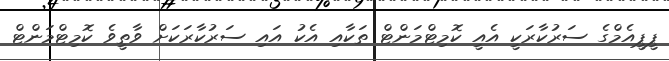
ޕީޕީއެމްގެ ސަރުކާރަކީ އެއީ ކޮމިޓްމަންޓް ތަކާއި އެކު އައި ސަރުކާރަކަށް ވާތީވެ ކޮމިޓްމަންޓް